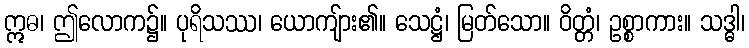
ဣဓ၊ ဤလောက၌။ ပုရိသဿ၊ ယောကျ်ား၏။ သေဋ္ဌံ၊ မြတ်သော။ ဝိတ္တံ၊ ဥစ္စာကား။ သဒ္ဓါ၊